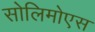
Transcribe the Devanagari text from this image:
सोलिमोएस